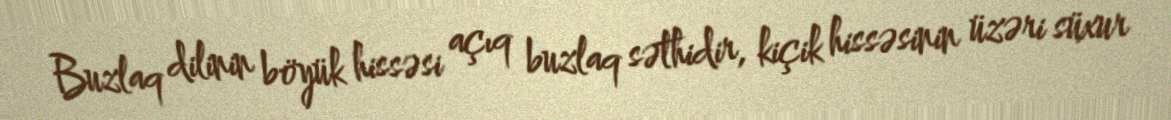
Buzlaq dilinin böyük hissəsi açıq buzlaq səthidir, kiçik hissəsinin üzəri süxur